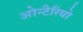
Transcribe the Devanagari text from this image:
ओन्टैरियो